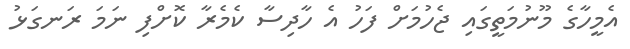
އެމީހާގެ މޫނުމަތީގައި ޖެހުމަށް ފަހު އެ ހާދިސާ ކެމެރާ ކޮށްފި ނަމަ ރަނގަޅު